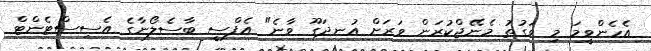
އެހެންވީމަ މި ވަގުތު މެނޭޖްކުރަން ވަރަށް އުނދަގޫ ވާނެ" އެފްސީ ބާސެލޯނާގެ އެސިސްޓެންޓް